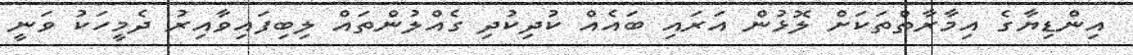
އިންޑިޔާގެ އިމާރާތްތަކަށް ލޮޅުން އަރައި ބައެއް ކުދިކުދި ގެއްލުންތައް ލިބިފައިވާއިރު ދެމީހަކު ވަނީ